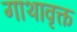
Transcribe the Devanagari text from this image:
गाथावृक्त